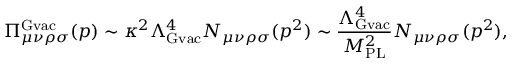
\Pi _ { \mu \nu \rho \sigma } ^ { \mathrm { \mathrm { G v a c } } } ( p ) \sim \kappa ^ { 2 } \Lambda _ { \mathrm { G v a c } } ^ { 4 } N _ { \mu \nu \rho \sigma } ( p ^ { 2 } ) \sim \frac { \Lambda _ { \mathrm { G v a c } } ^ { 4 } } { M _ { \mathrm { P L } } ^ { 2 } } N _ { \mu \nu \rho \sigma } ( p ^ { 2 } ) ,